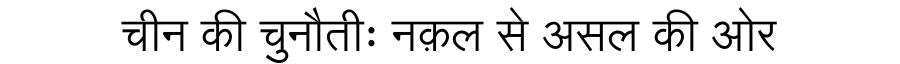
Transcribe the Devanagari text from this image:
चीन की चुनौतीः नक़ल से असल की ओर